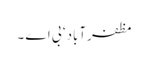
مظفرآباد ‘ بی اے ۔